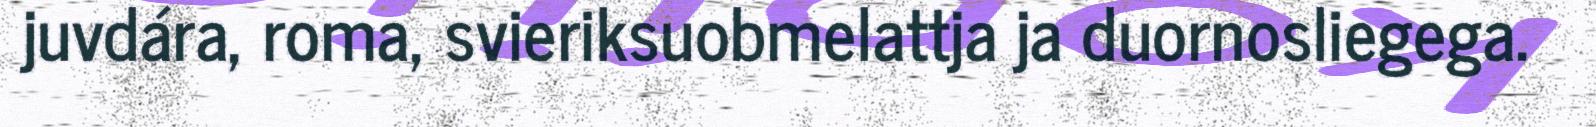
juvdára, roma, svieriksuobmelattja ja duornosliegega.